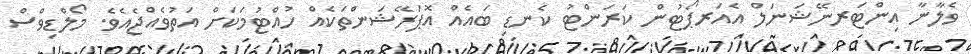
ވެލާނާ އިންޓަރނޭޝަނަލް އެއަރޕޯޓުން ކަރަންޓު ކެނޑި ބައެއް އޮޕަރޭޝަންތަކެއް ހުއްޓުމަކަށް އަތުވެއްޖެއެވެ. މޯލްޑިވްސް